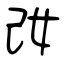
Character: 妀